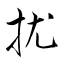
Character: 扰